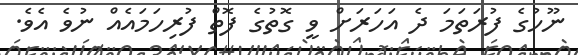
ނޫހުގެ ފުރަތަމަ ދެ އަހަރަށް ވީ ގޮތުގެ ފޮތް ފުރިހަމައެއް ނުވެ އެވެ.